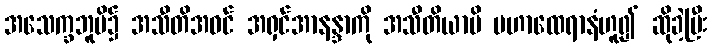
အသေက္ခဘူမိ၌ အသီတိအဝင် အရှင်အာနန္ဒာကို အသီတိယာပိ မဟာထေရာနံဟူ၍ ဆိုခဲ့ပြီး